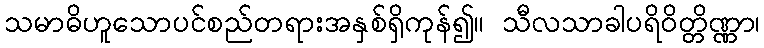
သမာဓိဟူသောပင်စည်တရားအနှစ်ရှိကုန်၍။ သီလသာခါပရိဝိတ္တိဏ္ဏာ၊